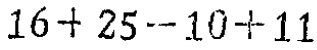
$16 + 25 - 10 + 11$